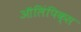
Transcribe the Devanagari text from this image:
ऑलिंपिक्स